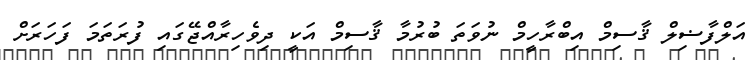
އަލްފާޟިލް ޤާސިމް އިބްރާހީމް ނުވަތަ ބުރުމާ ޤާސިމް އަކީ ދިވެހިރާއްޖޭގައި ފުރަތަމަ ފަހަރަށް